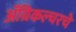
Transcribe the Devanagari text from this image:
अॅग्रिकल्चरचे